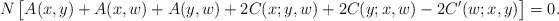
\begin{align*} N \, \bigl[ A(x,y) + A(x,w) + A(y,w) + 2 C(x;y,w) + 2 C(y;x,w) - 2 C'(w;x,y) \bigr]=0 .\end{align*}